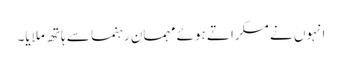
انہوں نے مسکراتے ہوئے مہمان رہنما سے ہاتھ ملایا۔